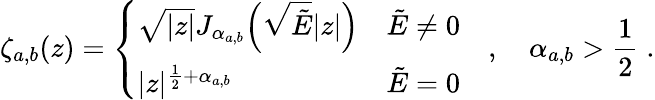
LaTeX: \zeta_{a,b}(z)=\left\{ \begin{array}{ll}{\sqrt{|z|}J_{\alpha_{a,b}}\! \left(\sqrt{\tilde{E}}|z|\right)}&{\tilde{E}\neq 0}\\ {|z|^{\frac{1}{2}+\alpha_{a,b}}}&{\tilde{E}=0}\end{array}\right.\quad,\quad\alpha_{a,b}>\frac{1}{2}\; .